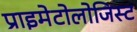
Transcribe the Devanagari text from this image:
प्राइमेटोलोजिस्ट